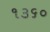
૧૩૬૦